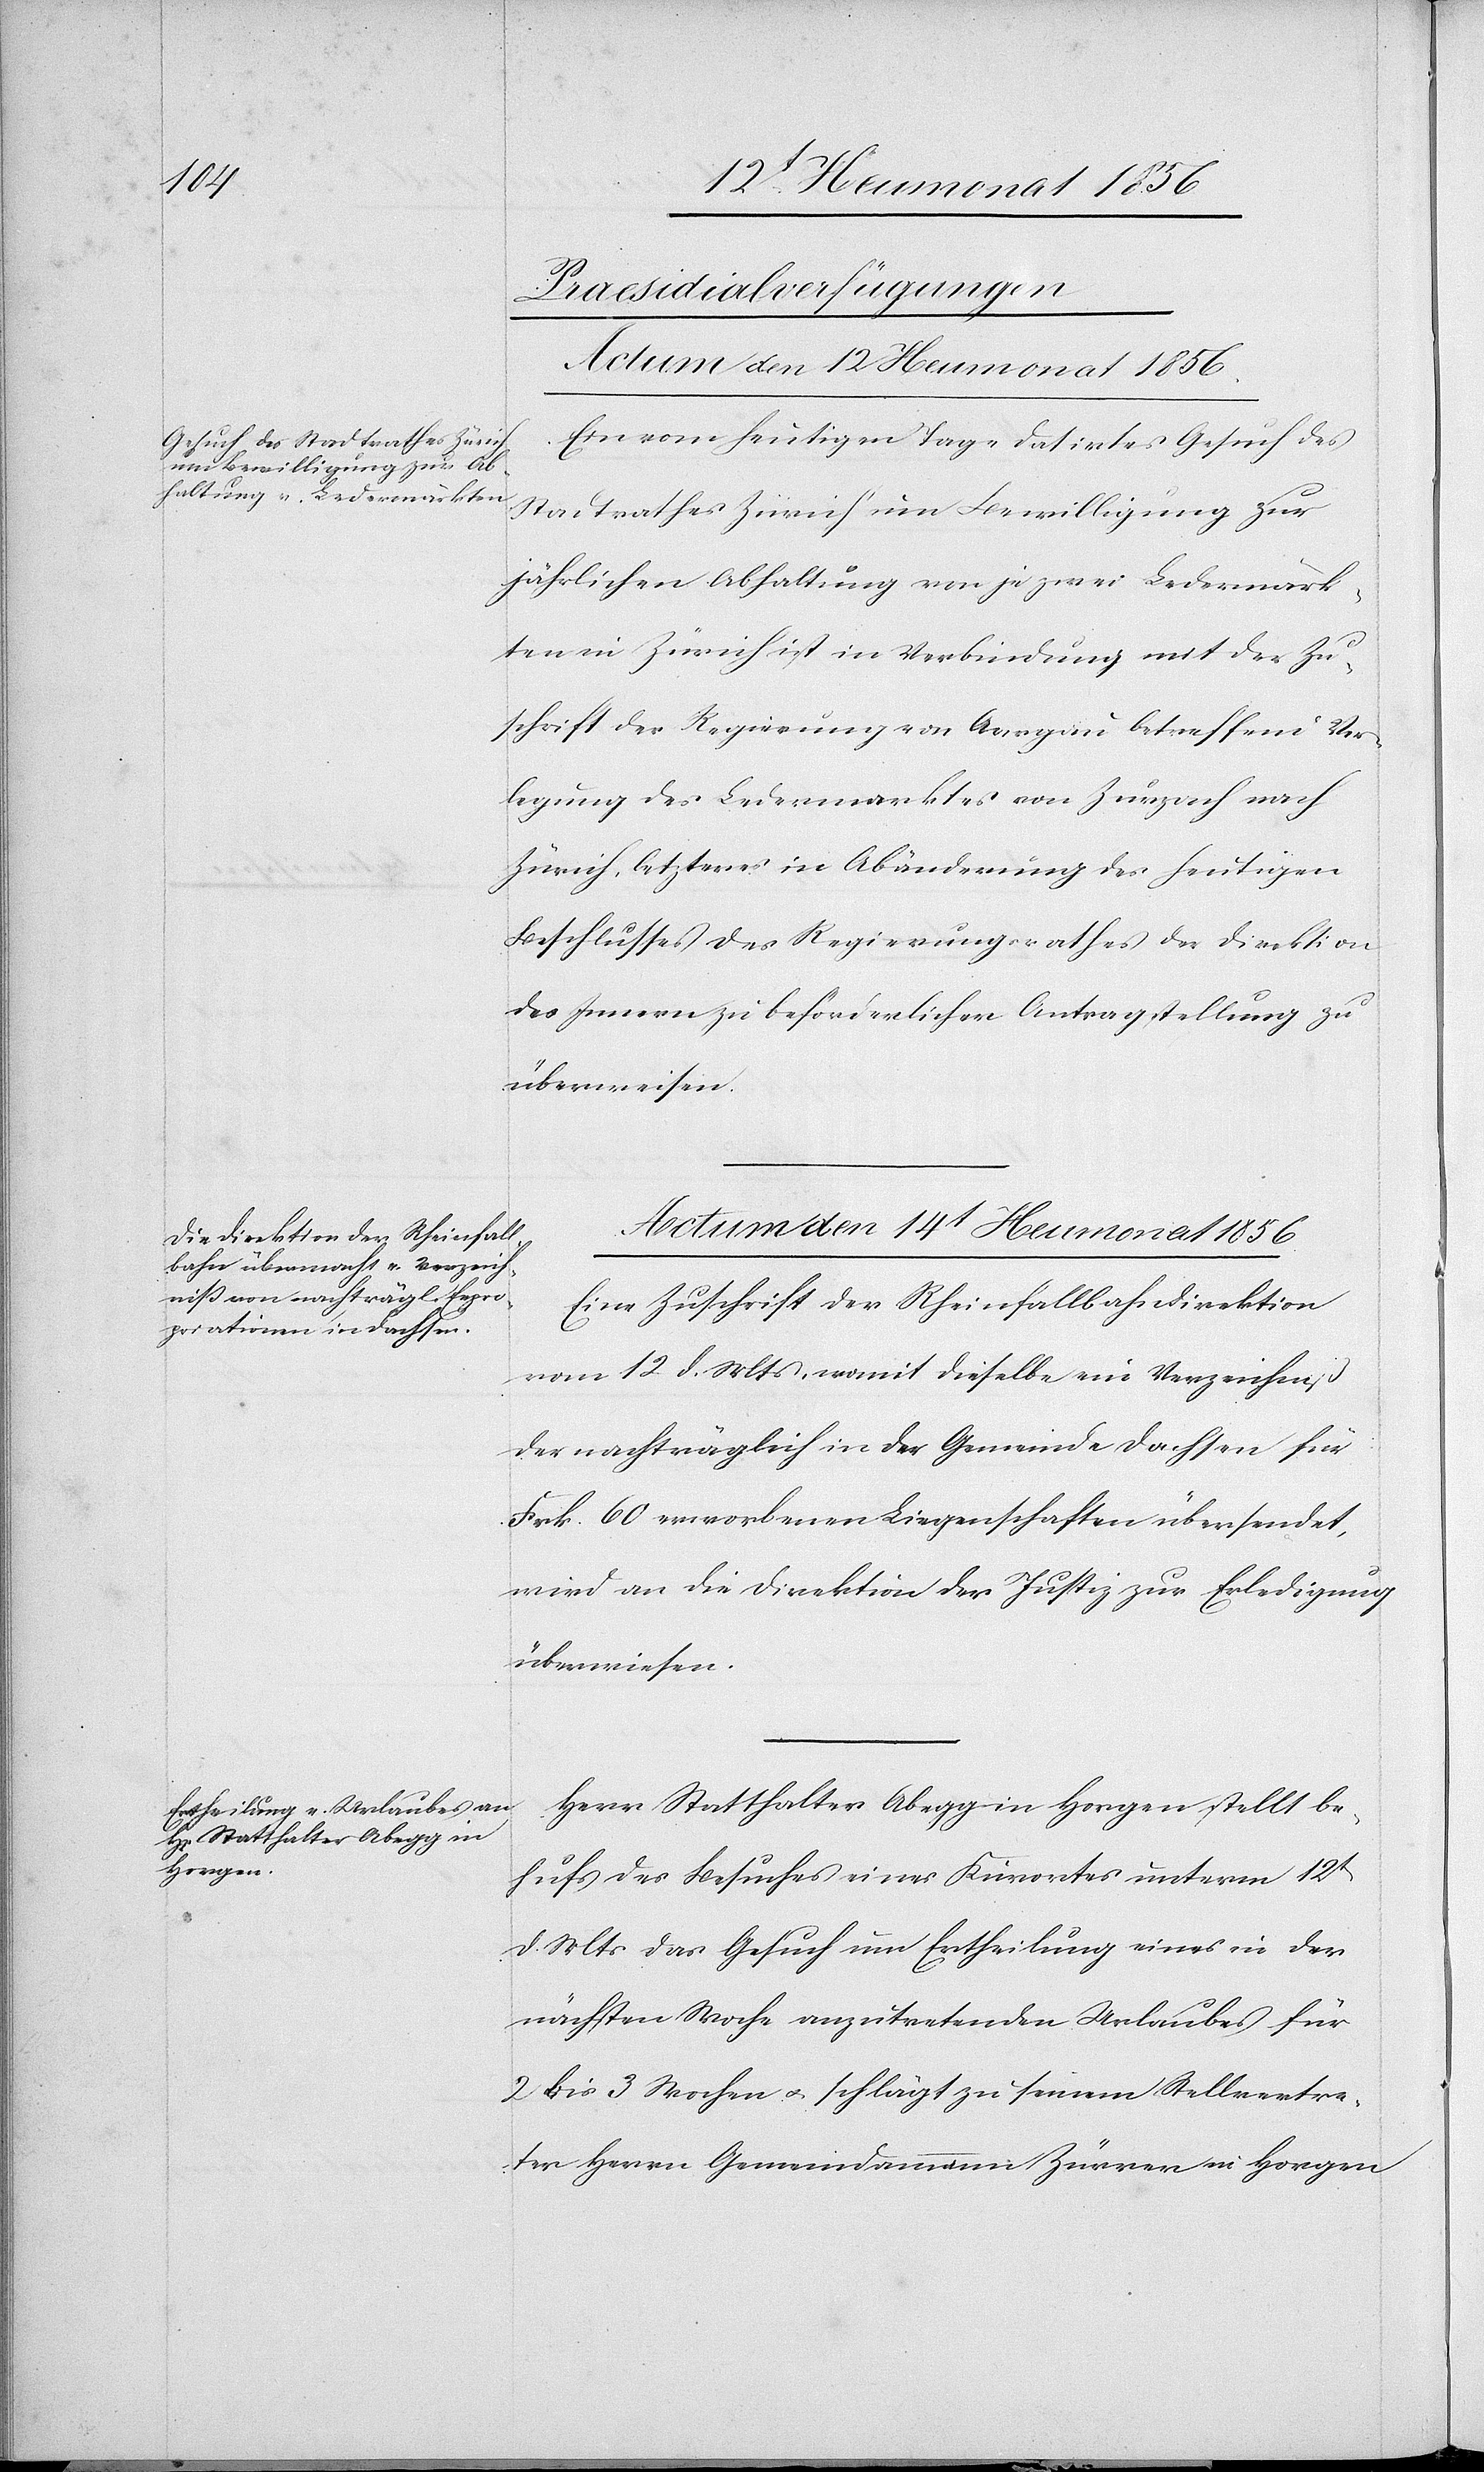
[Praesidialverfügungen
Actum den 14t Heumonat 1856.]
Ein vom heutigen Tage datirtes Gesuch des
Stadtrathes Zürich um Bewilligung zur
jährlichen Abhaltung von je zwei Ledermärk¬
ten in Zürich ist in Verbindung mit der Zu¬
schrift der Regierung von Aargau betreffend Ver¬
legung des Ledermarktes von Zurzach nach
Zürich, letzteres in Abänderung des heutigen
Beschlusses des Regierungsrathes der Direktion
des Innern zu beförderlicher Antragstellung zu
überweisen.
Eine Zuschrift der Rheinfallbahndirektion
vom 12 d. Mts, womit dieselbe ein Verzeichniß
der nachträglich in der Gemeinde Dachsen für
Frk. 60 erworbenen Liegenschaften übersendet,
wird an die Direktion der Justiz zur Erledigung
überwiesen.
Herr Statthalter Abegg in Horgen stellt be¬
hufs des Besuches eines Kurortes unterm 12t
d. Mts das Gesuch um Ertheilung eines in der
nächsten Woche anzutretenden Urlaubes für
2 bis 3 Wochen u. schlägt zu seinem Stellvertre¬
ter Herrn Gemeindammann Zürrer in Horgen